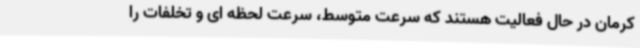
کرمان در حال فعالیت هستند که سرعت متوسط، سرعت لحظه ای و تخلفات را